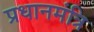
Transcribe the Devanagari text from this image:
प्रधानमंत्रि